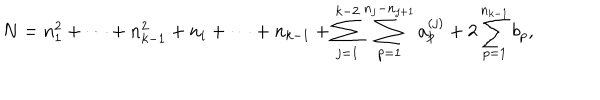
N = n _ { 1 } ^ { 2 } + \cdots + n _ { k - 1 } ^ { 2 } + n _ { i } + \cdots + n _ { k - 1 } + \sum _ { j = 1 } ^ { k - 2 } \sum _ { p = 1 } ^ { n _ { j } - n _ { j + 1 } } a _ { p } ^ { ( j ) } + 2 \sum _ { p = 1 } ^ { n _ { k - 1 } } b _ { p } ,